Vital statistics of India. Vol. V, Reports of 1876 on armies & jails and on epidemic cholera
Year: 1876
Disease focus: Cholera
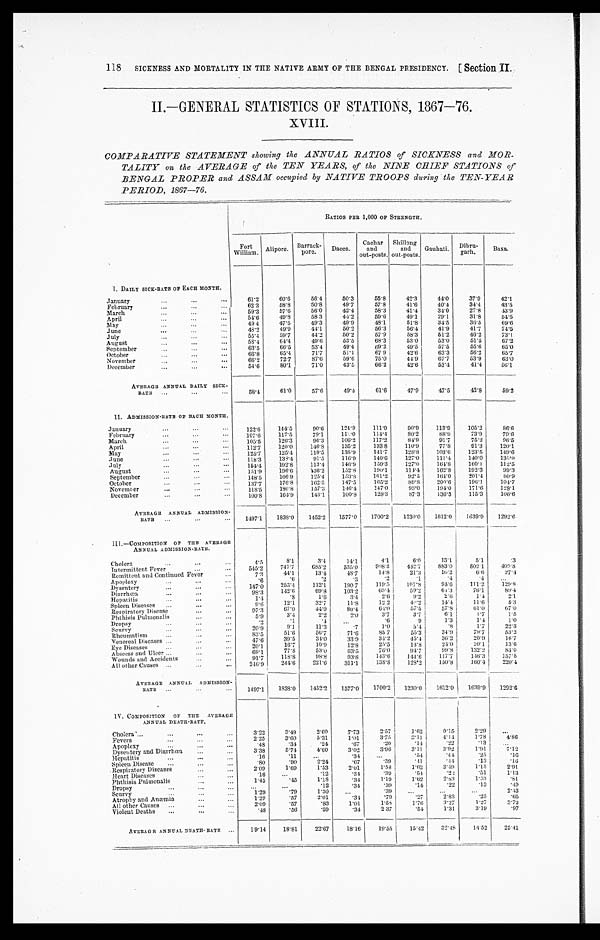
SICKNESS AND MORTALITY IN THE NATIVE ARMY OF THE BENGAL PRESIDENCY.
[ Section II.
118
II.—GENERAL STATISTICS OF STATIONS
1867—76.
XVIII.
COMPARATIVE STATEMENT showing the ANNUAL RATIOS of SICKNESS and MOR--
TALITY on the AVERAGE of the TEN YEARS, of the NINE CHIEF STATIONS of
BENGAL PROPER and ASSAM occupied by NATIVE TROOPS during the TEN-YEAR
PERIOD, 1867—76.
RATIOS PER 1,000 OF STRENGTH.
Fort
William. Alipore. Barrack-
pore .
Dacca.
Cachar
and
out-posts.
Shillong
and
out-posts.
Gauhati.
Dibru-
garh.
B a x a .
I. DAILY SICK-RATE OF EACH MONTH.
January . . .
61.2
60.6
56.4
50.3
55.8
42.3
44.0
37.9
42.1
February . . .
62.3
58.8
50.8
49.7
57.8
41.6
40.4
34.4
43.5
March . . .
59.3
57.6
56.0
42.4
58.3
41.4
34.0
27.8
43.9
April . . .
54.6
49.8
58.3
44.2
59.6
49.1
29.1
31.8
54.5
May . . .
49.4
47.5
49.3
49.9
48.1
51.8
34.5
36.5
69.6
June . . .
48.2
49.9
44.1
50.2
56.3
56.4
41.9
41.7
74.5
July . . .
55.4
59.7
44.2
50.2
57.9
58.3
51.2
46.2
73.1
August . . .
58.4
64.4
49.6
53.5
68.3
53.0
53.0
51.5
67.2
September . . .
63.5
66.5
53.4
49.4
69.2
49.5
57.5
55.6
65.0
October . . .
66.8
65.4
71.7
51.1
67.9
42.6
63.3
56.2
65.7
November . . .
66.2
72.7
87.6
59.6
75.0
44.9
67.7
53.9
63.0
December . . .
54.6
80.1
71.0
43.5
66.2
42.6
53.4
41.4
56.1
AVERAGE ANNUAL DAILY SICK -
RATE . . .
58.4
61.0
57.6
49.4
61.6
47.9
47.5
42.8
59.2
II. ADMISSION RATE OF EACH MONTH.
January . . .
122.6
144.5
90.6
124.9
111.9
90.9
113.9
105.2
86.6
February . . .
107.6
117.5
79.1
113.0
114.4
80.2
88.9
73.9
79.6
March . . .
105.5
126.3
96.3
106.2
117.2
84.9
91.7
75.2
96.5
April . . .
112.7
120.0
146.8
135.2
133.8
110.9
77.8
91.3
120.1
May . . .
125.7
125.4
119.5
135.9
141.7
128.8
103.6
123.5
149.6
June . . .
118.3
138.4
91.5
116.9
140.6
127.0
111.4
140.0
1 3 5 . 0
July . . .
154.4
192.8
113.4
146.9
159.3
127.0
164.8
160.1
112.5
August . . .
151.9
196.6
136.2
152.8
190.1
114.1
162.8
192.3
99.3
September . . .
148.5
166.9
125.4
153.8
161.2
92.5
164.0
201.4
80.9
October . . .
137.7
176.8
162.5
147.5
165.2
89.8
200.6
196.1
104.7
November . . .
118.5
180.8
157.3
146.4
147.0
93.0
194.0
171.6
128.1
December . . .
100.8
164.9
143.1
100.8
128.3
87.3
136.3
115.3
106.6
AVERAGE ANNUAL ADMISSION-
RATE . . .
1497.1
1838.0
1452.2
1577.0
1700.2
1230.0
1612.0
1639.9
1292.6
III.—COMPOSITION OF THE AVERAGE
ANNUAL ADMISSION-RATE.
Cholera . . .
4.5
8.1
3.4
14.1
4.1
6.0
13.1
5.1
.3
Intermittent Fever . . .
545.2
747.7
685.2
535.0
908.3
442.7
883.0
802.1
409.8
Remittent and Continued Fever . . .
7.3
44.1
13.4
48.7
14.8
21.3
10.2
6.6
27.4
Apoplexy . . .
. 6
.6
.2
.3
. 2
.1
.4
.4
. . .
Dysentery . . .
147.0
253.1
112.1
190.7
119.5
101.8
9 4 . 6
111.2
1 2 9 . 8
Diarrhœa . . .
98.3
142.6
69.8
103.2
65.4
59.2
6 4 . 3
7 6 . 1
8 0 . 4
Hepatitis . . .
1.4
. 8
1.6
3.4
2.6
9.2
2.6
1.4
2.1
Spleen Diseases . . .
9.6
12.1
32.7
11.8
12.2
40.2
14.4
1 1 . 6
5.3
Respiratory Disease . . .
97.3
67.0
44.9
80.4
64.0
57.5
57.8
6 1 . 0
67.0
Phthisis Pulmonalis . . .
5.9
3.4
2.2
2.0
3.7
3.7
6.1
1.7
1.5
Dropsy . . .
.2
.1
.4
. . .
.6
9
1.3
1.4
1.0
Scurvy . . .
20.9
9.1
11.3
.7
1.0
5 . 4
.8
1.7
22.3
Rheumatism . . .
83.5
51.6
56.7
71.6
85.7
55.3
34.9
79.7
53.2
Venereal Diseases . . .
47.6
39.5
34.0
33.9
34.2
45.4
36.2
20.9
16.7
Eye Diseases . . .
20.1
16.7
10.9
12.8
25.5
13.8
24.0
20.1
33.6
Abscess and Ulcer . . .
69.1
77.8
53.0
63.5
76.0
94.7
99.8
132.2
8 4 . 0
Wounds and Accidents . . .
91.7
118.8
98.8
93.8
143.6
144.6
117.7
146.3
1 5 7 . 8
All other Causes . . .
246.9
244.6
221.6
311.1
138.8
128.2
150.8
160.4
220.4
AVERAGE ANNUAL ADMISSION -
RATE . . .
1497.1
1838.0
1452.2
1577.0
1700.2
1230.0
1612.0
1639.9
1292.6
IV. COMPOSITION OF THE AVERAGE
ANNUAL DEATH-RATE.
Cholera . . .
3.22
3.49
2.60
7.73
2.57
1.62
9.15
2.29
. . .
Fevers . . .
2.25
3.60
5.31
1.01
3.75
3.11
4.14
1.78
4.86
Apoplexy . . .
.48
.34
.24
.67
.20
.11 .22
. 1 3
. . .
Dysentery and Diarrhœa . . .
3.38
5.74
4.60
3.02
3.96
3.11
3.92
1.91
7 . 1 2
Hepatitis . . .
.16
.11
. . .
.34
. . .
.54
.44
. 2 5 .16
Spleen Disease . . .
.80
. 9 0
2.24
.67
.39
.41
.44
.13
.16
Respiratory Diseases . . .
2.09
1.69
1.53
2.01
1.58
1.62
3.49
1.15
2.91
Heart Diseases . . .
.16
. . .
.12
.34
.39
.54
. 2 2
. 5 1
1.13
Phthisis Pulmonalis . . .
1.45
.45
1.18
.34
1.19
1.62
2.83
1.53
.81
Dropsy . . .
. . .
. . .
.12
.34
.39
.14
. 2 2
.13
.49
Scurvy . . .
1.29
.79
1.30
. . .
.39
. . .
. . .
. . .
2.43
Atrophy and Anæmia . . .
1.29
.57
2.01
.34
.79
.27
2.83
.25
.65
All other Causes . . .
2.09
.57
.83
1.01
1.58
1.76
3.27
1.27
3.72
Violent Deaths . . .
.48
.56
.59
.34
2.37
.54
1.31
3.19
.97
AVERAGE ANNUAL DEATH-RATE . . .
19.14
18.81
22.67
18.16 19.55
15.42
32.48
14.52
25.41